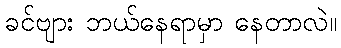
ခင်ဗျား ဘယ်နေရာမှာ နေတာလဲ။